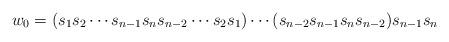
LaTeX: \begin{align*}w_0 = (s_1s_2\cdots s_{n-1}s_ns_{n-2}\cdots s_2s_1)\cdots (s_{n-2}s_{n-1}s_ns_{n-2})s_{n-1}s_n\end{align*}